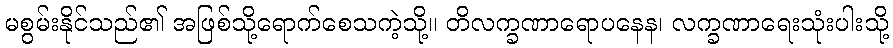
မစွမ်းနိုင်သည်၏ အဖြစ်သို့ရောက်စေသကဲ့သို့။ တိလက္ခဏာရောပနေန၊ လက္ခဏာရေးသုံးပါးသို့